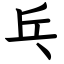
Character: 乓